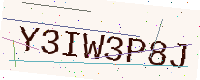
Text: Y3IW3P8J